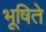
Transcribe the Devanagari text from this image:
भूषिते